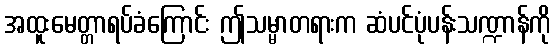
အထူးမေတ္တာရပ်ခံကြောင်း ဤသမ္မာတရားက ဆံပင်ပုံပန်းသဏ္ဍာန်ကို